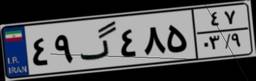
۴۹گ۴۸۵۴۷